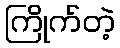
ကြိုက်တဲ့